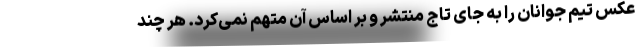
عکس تیم جوانان را به جای تاج منتشر و بر اساس آن متهم نمی‌کرد. هر چند